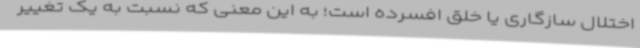
اختلال سازگاری یا خلق افسرده است؛ به این معنی که نسبت به یک تغییر